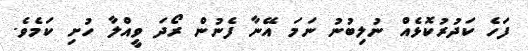
ފަހެ ކަދުރުކޮޅެއް ނުލިބުނު ނަމަ އޭނާ ފެނުން ރޯދަ ވީއްލާ ހުށި ކަމެވެ.